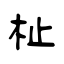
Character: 杫